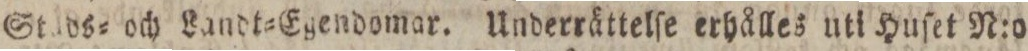
Stads= och Landt=Egendomar. Underrättelſe erhålles uti Huſet N:o